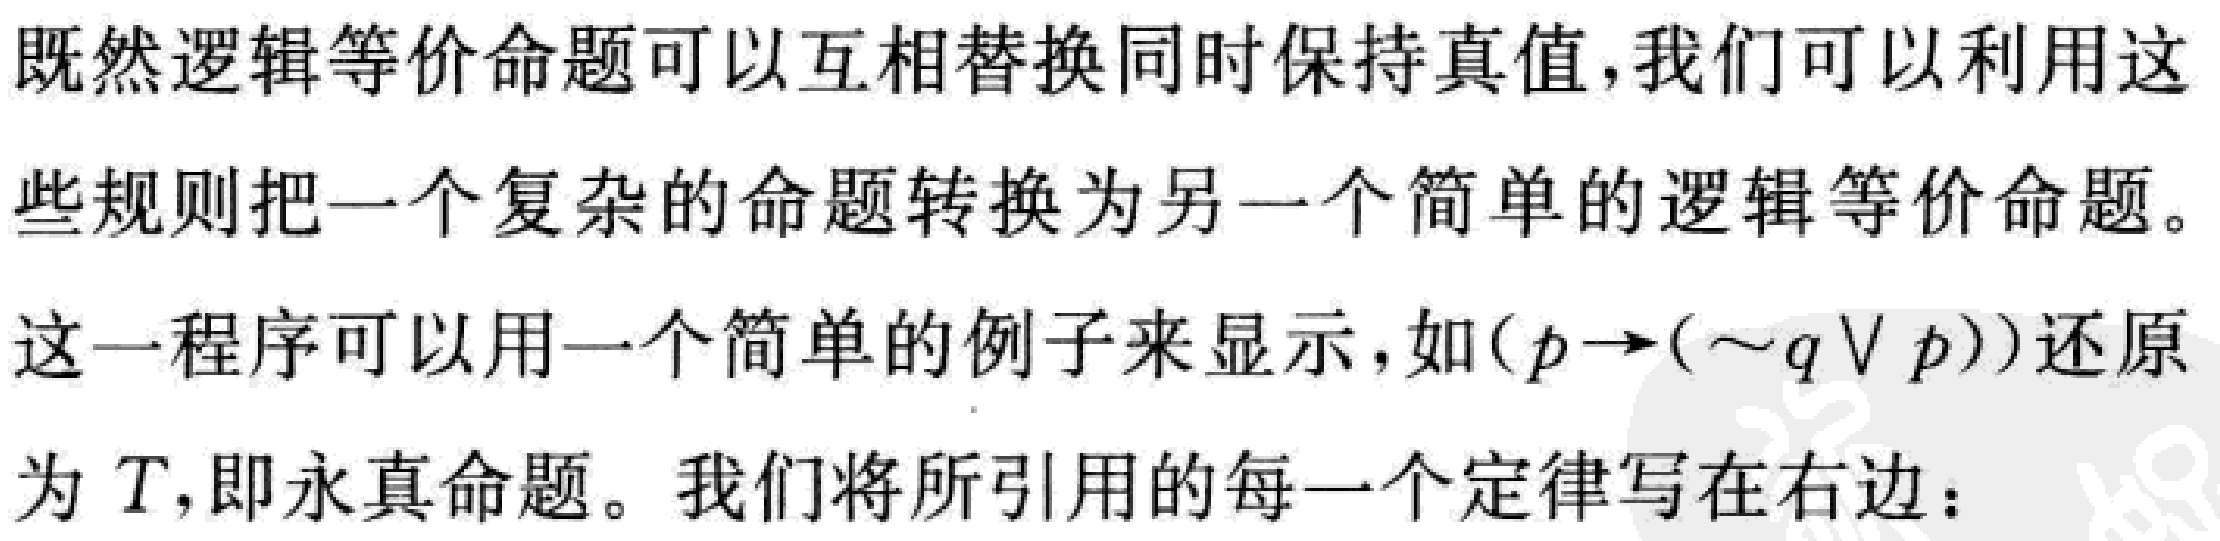
既然逻辑等价命题可以互相替换同时保持真值,我们可以利用这
些规则把一个复杂的命题转换为另一个简单的逻辑等价命题。
这一程序可以用一个简单的例子来显示，如\((p\rightarrow(\sim q\vee p))\)还原
为 \(T\),即永真命题。我们将所引用的每一个定律写在右边：